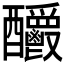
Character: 𨤊